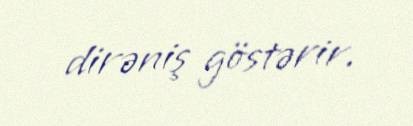
dirəniş göstərir.